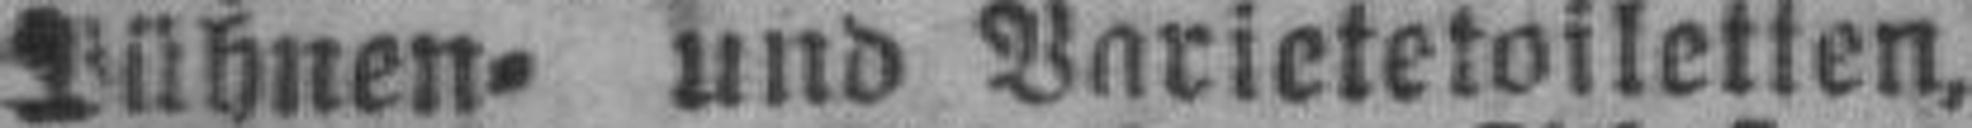
Bühnen= und Varietetoiletten,